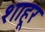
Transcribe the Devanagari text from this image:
शाहूर